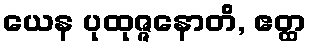
ယေန ပုထုဇ္ဇနောတိ, ဧတ္ထ